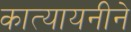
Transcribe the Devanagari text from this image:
कात्यायनीने